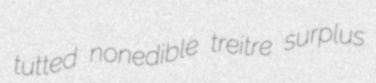
tutted nonedible treitre surplus